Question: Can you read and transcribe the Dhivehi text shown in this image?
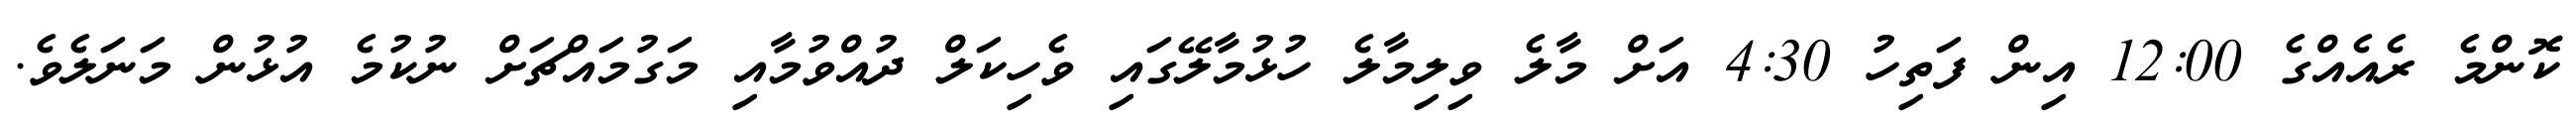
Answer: ކޮންމެ ރެއެއްގެ 12:00 އިން ފަތިހު 4:30 އަށް މާލެ ވިލިމާލެ ހުޅުމާލޭގައި ވެހިކަލް ދުއްވުމާއި މަގުމައްޗަށް ނުކުމެ އުޅުން މަނަލެވެ.